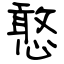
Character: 憨